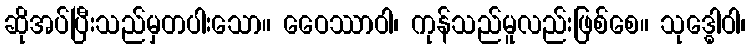
ဆိုအပ်ပြီးသည်မှတပါးသော။ ဝေေဿာဝါ၊ ကုန်သည်မူလည်းဖြစ်စေ။ သုဒ္ဓေါဝါ၊